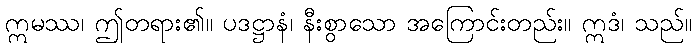
ဣမဿ၊ ဤတရား၏။ ပဒဋ္ဌာနံ၊ နီးစွာသော အကြောင်းတည်း။ ဣဒံ၊ သည်။